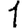
Digit: 1